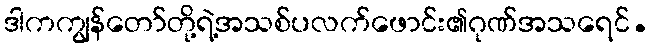
ဒါကကျွန်တော်တို့ရဲ့အသစ်ပလက်ဖောင်း၏ဂုဏ်အသရေင်.